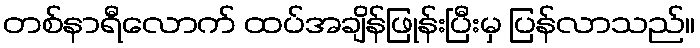
တစ်နာရီလောက် ထပ်အချိန်ဖြုန်းပြီးမှ ပြန်လာသည်။